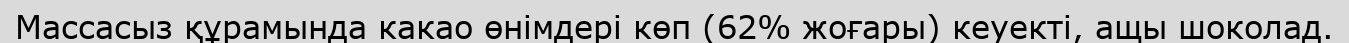
Массасыз құрамында какао өнімдері көп (62% жоғары) кеуекті, ащы шоколад.